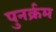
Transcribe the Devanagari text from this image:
पुनर्क्रम